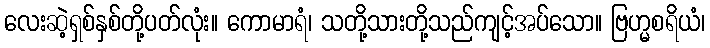
လေးဆဲ့ရှစ်နှစ်တို့ပတ်လုံး။ ကောမာရံ၊ သတို့သားတို့သည်ကျင့်အပ်သော။ ဗြဟ္မစရိယံ၊